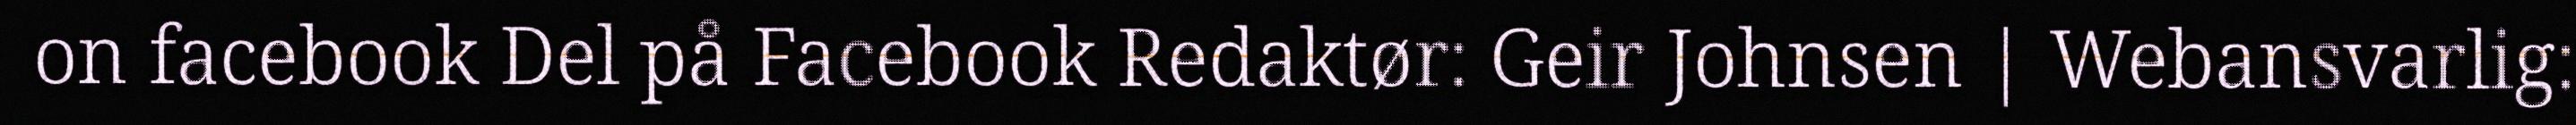
on facebook Del på Facebook Redaktør: Geir Johnsen | Webansvarlig: